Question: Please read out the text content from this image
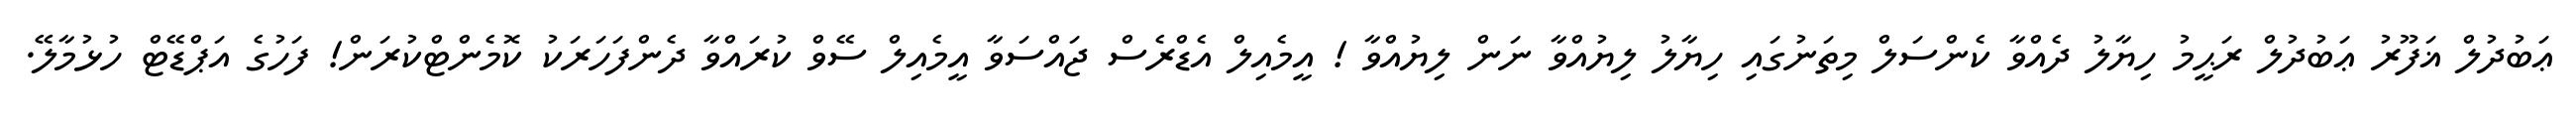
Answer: ޢަބުދުލް ޣަފޫރު ޢަބުދުލް ރަޙީމު ހިޔާލު ދެއްވާ ކެންސަލް މިތަނުގައި ހިޔާލު ލިޔުއްވާ ނަން ލިޔުއްވާ ! އީމެއިލް އެޑްރެސް ޖައްސަވާ އީމެއިލް ސޭވް ކުރައްވާ ދެންފަހަރަކު ކޮމެންޓްކުރަން! ފަހުގެ އަޕްޑޭޓް ހުޅުމާލޭ.